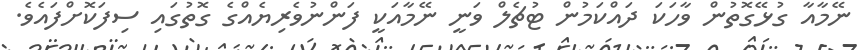
ނޭމާއާ ގުޅޭގޮތުން ވާހަކަ ދައްކަމުން ޓުޗެލް ވަނީ ނޭމާއަކީ ފަންނުވެރިޔެއްގެ ގޮތުގައި ސިފަކޮށްފައެވެ.